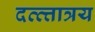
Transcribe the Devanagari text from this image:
दत्त्त्तात्रय